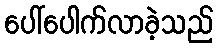
ပေါ်ပေါက်လာခဲ့သည်